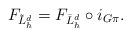
LaTeX: \begin{align*}F_{\tilde{L}^{d}_h} = F_{\bar{L}^{d}_h} \circ i_{G\pi}.\end{align*}